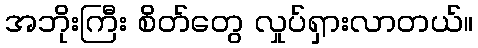
အဘိုးကြီး စိတ်တွေ လှုပ်ရှားလာတယ်။